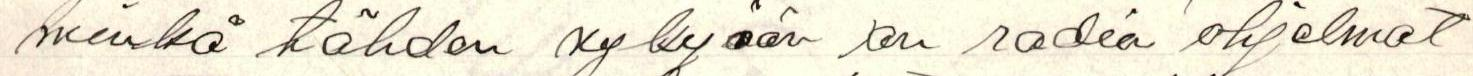
minkä tähden nykyään on radio ohjelmat